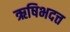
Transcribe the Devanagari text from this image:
ऋषिभदत्त